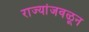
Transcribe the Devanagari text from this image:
राज्यांजवळून